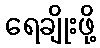
ရေချိုးဖို့